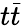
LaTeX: t\bar{t}